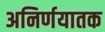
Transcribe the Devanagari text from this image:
अनिर्णयातक